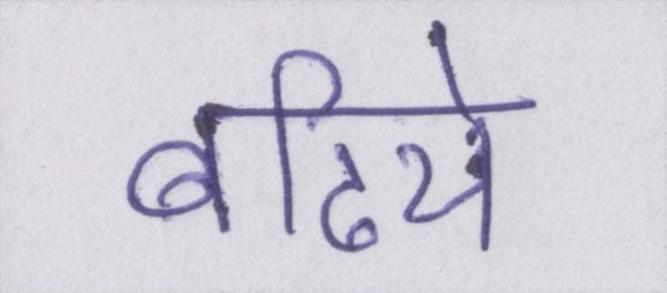
बढिये